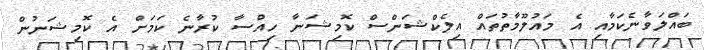
ބައްލަވާނެކަމާއި އެ މައުލޫމާތުތައް އިލެކްޝަންސް ކޮމިޝަނާ ހިއްސާ ކުރާނެ ކަމަށް އެ ކޮމިޝަނުން